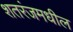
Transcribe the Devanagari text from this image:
शतरंजमधील